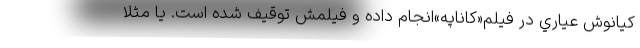
کيانوش عياري در فيلم«کاناپه»انجام داده و فيلمش توقيف شده است. يا مثلاً